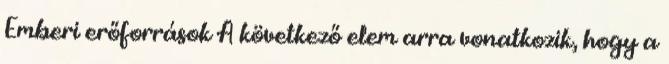
Emberi erőforrások A következő elem arra vonatkozik, hogy a